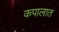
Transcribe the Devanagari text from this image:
कपालात